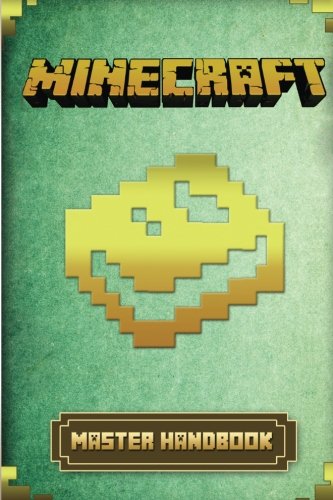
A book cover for Minecraft: Master Handbook; Tony Williams; Humor & Entertainment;